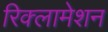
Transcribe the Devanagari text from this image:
रिक्लामेशन